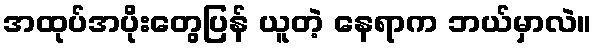
အထုပ်အပိုးတွေပြန် ယူတဲ့ နေရာက ဘယ်မှာလဲ။